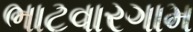
ભાટવારગામ